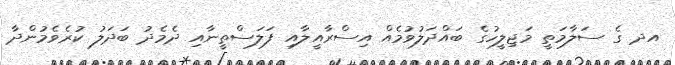
އދ ގެ ސަލާމަތީ މަޖިލީހުގެ ބައްދަލުުވުމެއް އިސްރާއީލާއި ފަލަސްތީނާއި ދެމެދު ބަދަލު ކުރެވެމުންދާ